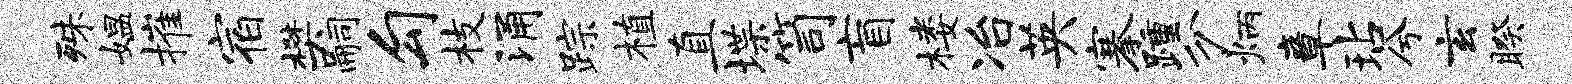
殊媪摧宿樊嗣勾枝涌踪植直堞笥盲楼冶英搴踵分炳章玷兮玄睽